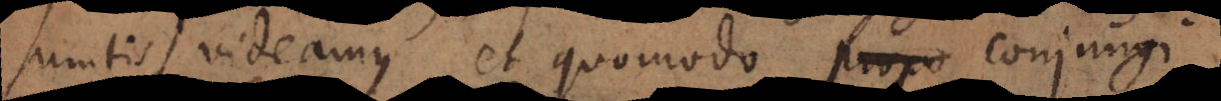
sumtis, videamus et quomodo propo conju